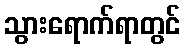
သွားရောက်ရာတွင်